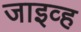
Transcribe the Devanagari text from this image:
जाइव्ह